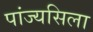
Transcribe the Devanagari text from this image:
पांज्यसिला